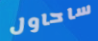
ساحاول